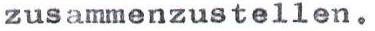
zusammenzustellen.